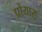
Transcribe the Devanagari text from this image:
प्रोयास